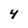
Character: 4